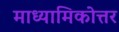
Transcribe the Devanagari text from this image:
माध्यामिकोत्तर